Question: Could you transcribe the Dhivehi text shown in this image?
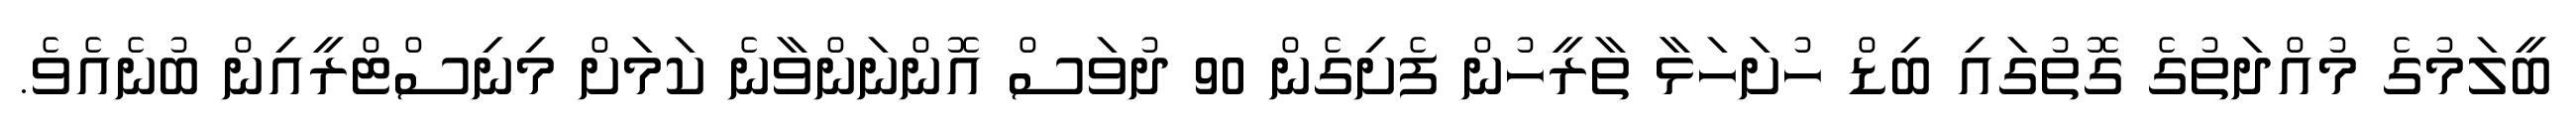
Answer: ބީލަމުގެ މުއްދަތުގެ ގޮތުގައި ބިޑް ހުށަހަޅާ ތާރީހުން ފެށިގެން 90 ދުވަސް އޮންނަންވާނެ ކަމަށް މިނިސްޓްރީއިން ބުނެއެވެ.